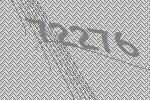
72276